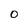
Character: O